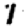
Digit: 1